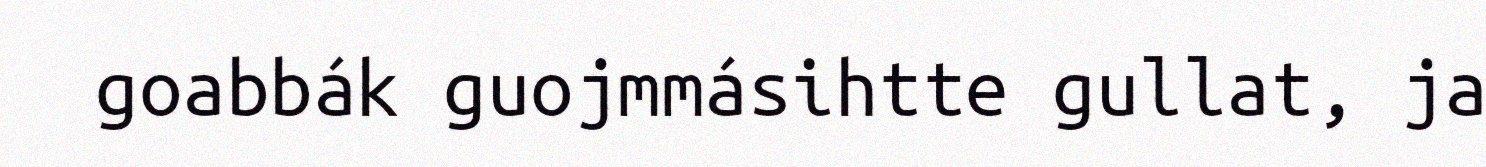
goabbák guojmmásihtte gullat, ja